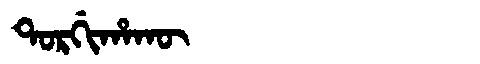
Manchu: ᡨᠣᡵᡤᡳᡥᠠᡴᡡ
Romanization: TORGIHAKŪ